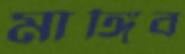
মাঙ্গিব